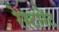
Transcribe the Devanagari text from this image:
रेस्टारेंट